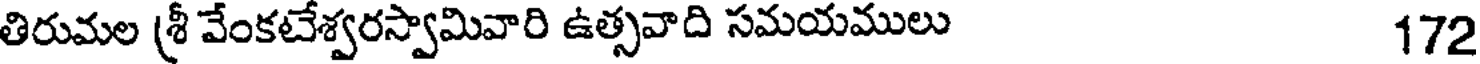
తిరుమల (శ్రీ వేంకటేశ్వరస్వామివారి ఉత్సవాది సమయములు 172